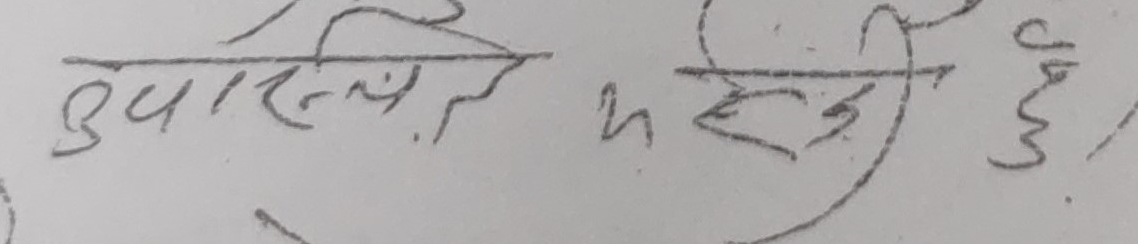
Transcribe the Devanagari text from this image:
उपस्थित हुनुहोला ।